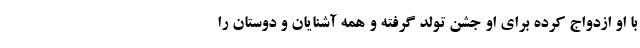
با او ازدواج کرده برای او جشن تولد گرفته و همه آشنایان و دوستان را